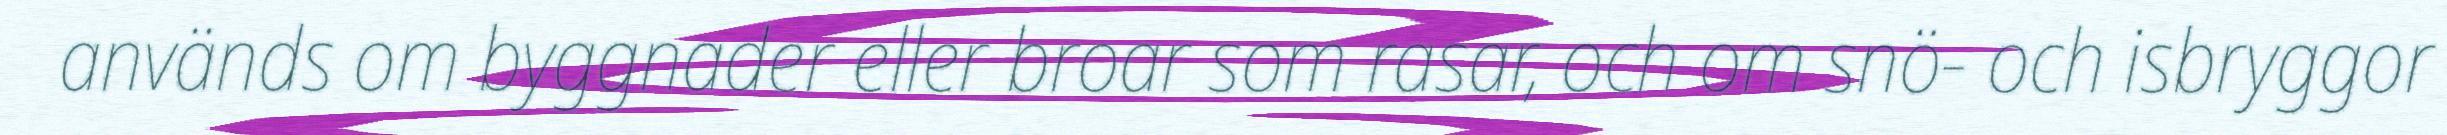
används om byggnader eller broar som rasar, och om snö- och isbryggor